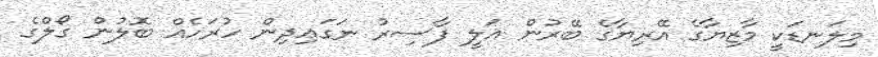
މިލަނޑަކީ މާޒިޔާގެ އޭރިޔާގެ ބޭރުން އަލީ ފާސިރު ނަގައިދިން ހުރަހެއް ބޮލުން ގޯލްގެ